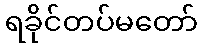
ရခိုင်တပ်မတော်